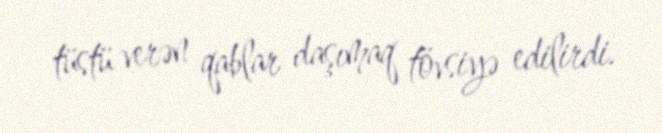
tüstü verən qablar daşımaq tövsiyə edilirdi.